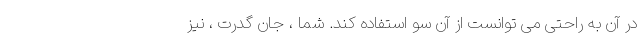
در آن به راحتی می توانست از آن سو استفاده کند. شما ، جان گدرت ، نیز